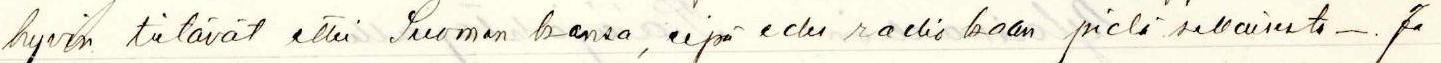
hyvin tietävät ettei Suomen kansa, eipä edes radiokaan pidä sellaisesta -. Ja